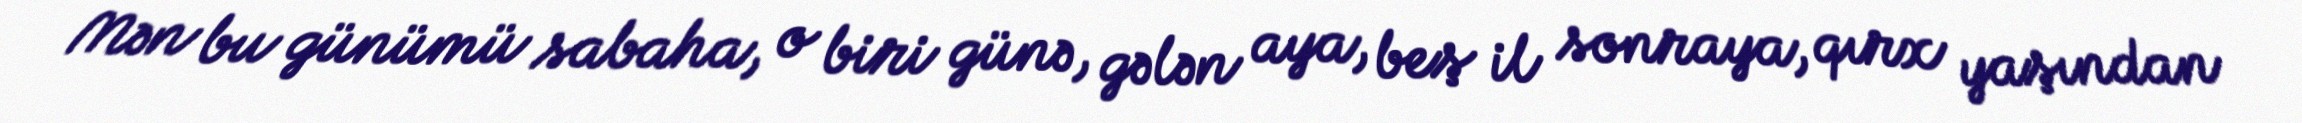
Mən bu günümü sabaha, o biri günə, gələn aya, beş il sonraya, qırx yaşından